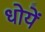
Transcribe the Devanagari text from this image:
धोयें